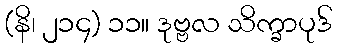
(နိ၊ ၂၁၄) ၁၁။ ဒုဗ္ဗလ သိက္ခာပုဒ်